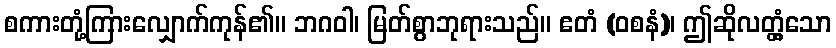
စကားတုံ့ကြားလျှောက်ကုန်၏။ ဘဂဝါ၊ မြတ်စွာဘုရားသည်။ ဧတံ (ဝစနံ)၊ ဤဆိုလတ္တံ့သော